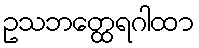
ဥသဘတ္ထေရဂါထာ